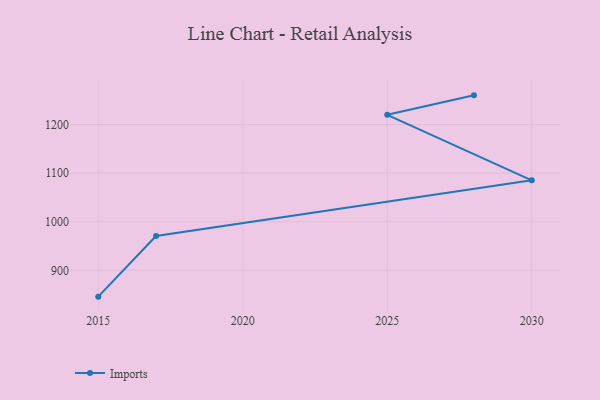
{"axis": {"x": "Year", "y": "Conversion Rate (%)"}, "legend": ["Imports"], "data": [{"x": "2028", "y": 1260.0, "type": "Imports"}, {"x": "2025", "y": 1219.9, "type": "Imports"}, {"x": "2030", "y": 1085.1, "type": "Imports"}, {"x": "2017", "y": 970.7, "type": "Imports"}, {"x": "2015", "y": 845.8, "type": "Imports"}]}